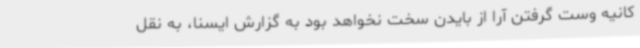
کانیه وست گرفتن آرا از بایدن سخت نخواهد بود به گزارش ایسنا، به نقل